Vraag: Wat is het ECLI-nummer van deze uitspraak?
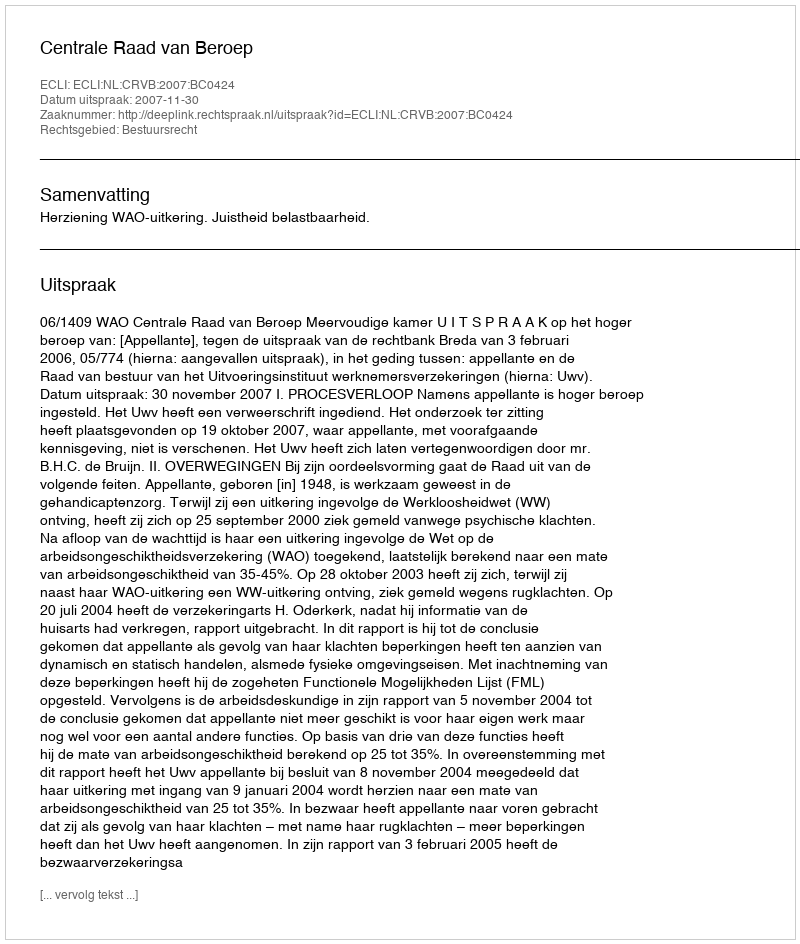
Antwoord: ECLI:NL:CRVB:2007:BC0424